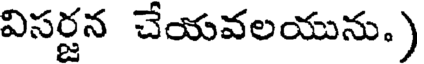
విసర్జన చేయవలయును.)